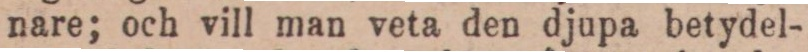
nare; och vill man veta den djupa betydel-